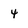
Character: 4